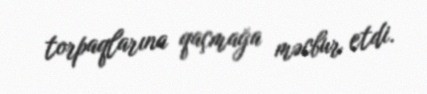
torpaqlarına qaçmağa məcbur etdi.